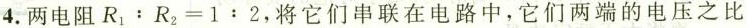
4.两电阻$$R_{1}:R_{2}=1:2$$,将它们串联在电路中，它们两端的电压之比